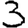
Digit: 3